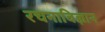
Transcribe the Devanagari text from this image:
रचनाविज्ञान